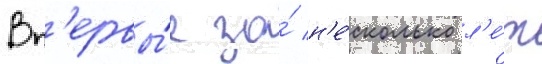
Вп'ервы́е за́ н'е́сколько л'е́т